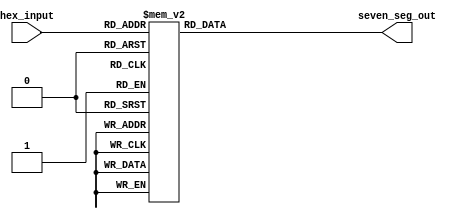
module hexTo7Seg(
    input  [3:0]hex_input,
    output reg [6:0]seven_seg_out
    );
always @*
case (hex_input)
4'b0000 :      	//Hexadecimal 0
//seven_seg_out = 7'b0111111;
seven_seg_out = 7'b1000000;
4'b0001 :    	//Hexadecimal 1
//seven_seg_out = 7'b0000110  ;
seven_seg_out = 7'b1111001  ;
4'b0010 :  		// Hexadecimal 2
//seven_seg_out = 7'b1011011 ; 
seven_seg_out = 7'b0100100 ; 
4'b0011 : 		// Hexadecimal 3
//seven_seg_out = 7'b1001111 ;
seven_seg_out = 7'b0110000 ;
4'b0100 :		// Hexadecimal 4
//seven_seg_out = 7'b1100110 ;
seven_seg_out = 7'b0011001 ;
4'b0101 :		// Hexadecimal 5
//seven_seg_out = 7'b1101101 ;  
seven_seg_out = 7'b0010010 ;  
4'b0110 :		// Hexadecimal 6
//seven_seg_out = 7'b1111101 ;
seven_seg_out = 7'b0000010 ;
4'b0111 :		// Hexadecimal 7
//seven_seg_out = 7'b0000111;
seven_seg_out = 7'b1111000;
4'b1000 :     		 //Hexadecimal 8
//seven_seg_out = 7'b1111111;
seven_seg_out = 7'b0000000;
4'b1001 :    		//Hexadecimal 9
//seven_seg_out = 7'b1101111 ;
seven_seg_out = 7'b0010000 ;
4'b1010 :  		// Hexadecimal A
//seven_seg_out = 7'b1110111 ; 
seven_seg_out = 7'b0001000 ; 
4'b1011 : 		// Hexadecimal B
//seven_seg_out = 7'b1111100;
seven_seg_out = 7'b0000011;
4'b1100 :		// Hexadecimal C
//seven_seg_out = 7'b0111001 ;
seven_seg_out = 7'b1000110 ;
4'b1101 :		// Hexadecimal D
//seven_seg_out = 7'b1011110 ;
seven_seg_out = 7'b0100001 ;
4'b1110 :		// Hexadecimal E
//seven_seg_out = 7'b1111001 ;
seven_seg_out = 7'b0000110 ;
4'b1111 :		// Hexadecimal F
//seven_seg_out = 7'b1110001 ;
seven_seg_out = 7'b0001110 ;
endcase
 
endmodule